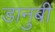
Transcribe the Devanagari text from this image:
डानुबी